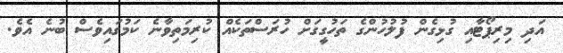
އަދި މިރިޕޯޓާއި ގުޅިގެން ފުލުހުންގެ ތަހުގީގަށް ހުރަސްތަކެއް ކުރިމަތިވާނެ ކަމުގައިވެސް ބުނެ އެވެ.